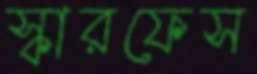
স্কারফেস